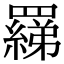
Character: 𦌢